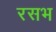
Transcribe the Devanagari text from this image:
रसभ